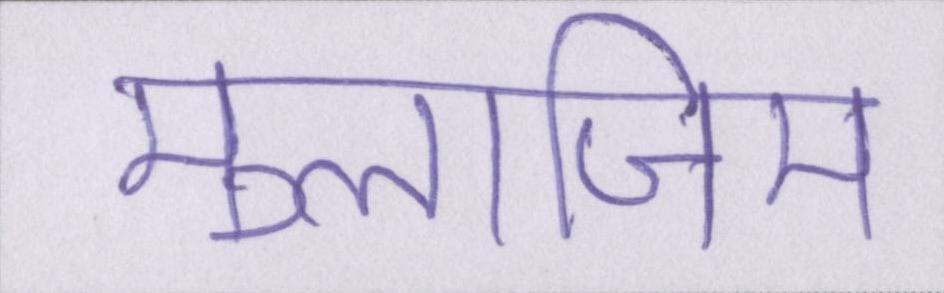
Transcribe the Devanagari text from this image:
मुलाजिम